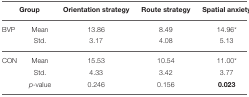
| <COLSPAN=2> Group | Orientation strategy | Route strategy | Spatial anxiety |
 | --- | --- | --- | --- | --- |
 | BVP | Mean | 13.86 | 8.49 | 14.96* |
 |  | Std. | 3.17 | 4.08 | 5.13 |
 | CON | Mean | 15.53 | 10.54 | 11.00* |
 |  | Std. | 4.33 | 3.42 | 3.77 |
 |  | p-value | 0.246 | 0.156 | 0.023 |